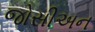
જોસીઅન